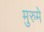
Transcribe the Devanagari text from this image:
मुरुमे